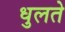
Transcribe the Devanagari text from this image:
धुलते